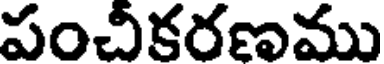
పంచీకరణము